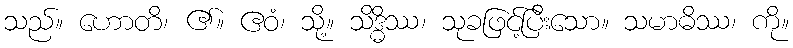
သည်။ ဟောတိ၊ ၏။ ဧဝံ၊ သို့။ သိဒ္ဓိဿ၊ သုခဖြင့်ပြီးသော။ သမာဓိဿ၊ ကို။